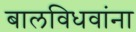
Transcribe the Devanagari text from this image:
बालविधवांना